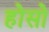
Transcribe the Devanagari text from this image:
होसो